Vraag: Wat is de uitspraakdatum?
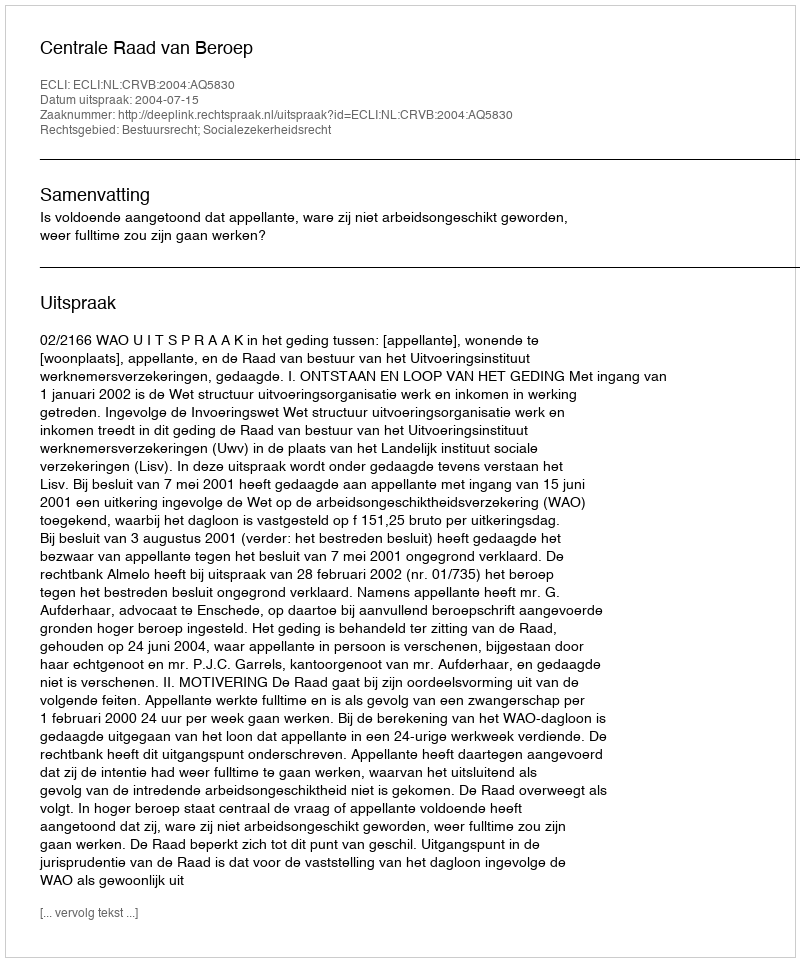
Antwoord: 2004-07-15